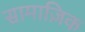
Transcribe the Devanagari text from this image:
सामाज़िक